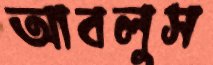
আবলুস